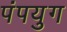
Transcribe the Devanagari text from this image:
पंपयुग